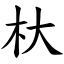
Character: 杕